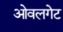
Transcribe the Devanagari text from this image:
ओवलगेट